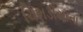
ચિભડીયાતા